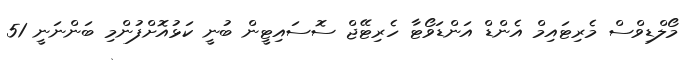
މޯލްޑިވްސް މެރިޓައިމް އެންޑް އަންޑަވޯޓާ ހެރިޓޭޖް ސޮސައިޓީން ބުނީ ކަޅުއޮށްފުންމި ބަންނަނީ 51